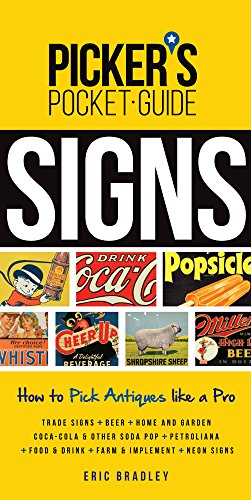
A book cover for Picker's Pocket Guide - Signs: How to Pick Antiques Like a Pro; Eric Bradley; Humor & Entertainment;